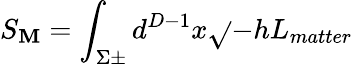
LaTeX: S_{\mathbf{M}}=\int_{\Sigma\pm}d^{D-1}x\sqrt{}{{-h}}L_{matter}